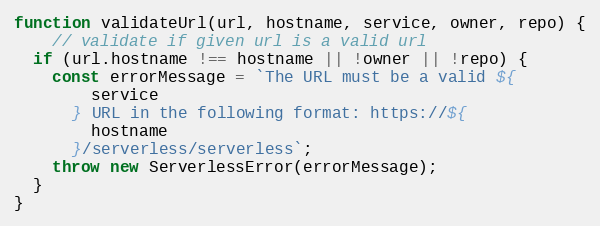
Language: JavaScript
function validateUrl(url, hostname, service, owner, repo) {
    // validate if given url is a valid url
  if (url.hostname !== hostname || !owner || !repo) {
    const errorMessage = `The URL must be a valid ${
        service
      } URL in the following format: https://${
        hostname
      }/serverless/serverless`;
    throw new ServerlessError(errorMessage);
  }
}